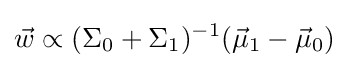
{\vec {w}}\propto (\Sigma _{0}+\Sigma _{1})^{-1}({\vec {\mu }}_{1}-{\vec {\mu }}_{0})